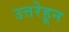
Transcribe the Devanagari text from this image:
उत्तरेहून